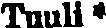
Tuuli*